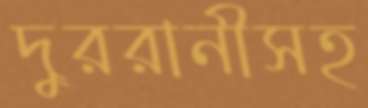
দুররানীসহ